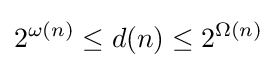
2^{\omega (n)}\leq d(n)\leq 2^{\Omega (n)}